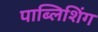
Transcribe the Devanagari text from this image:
पाब्लिशिंग